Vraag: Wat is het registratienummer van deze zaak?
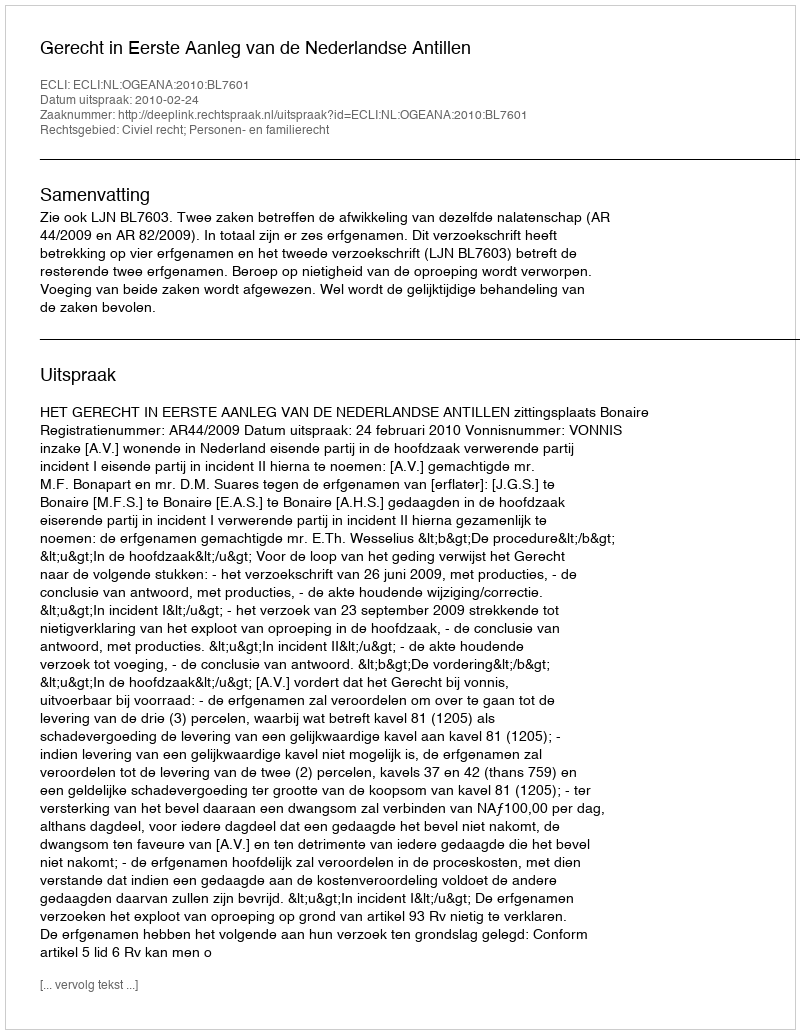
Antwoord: http://deeplink.rechtspraak.nl/uitspraak?id=ECLI:NL:OGEANA:2010:BL7601